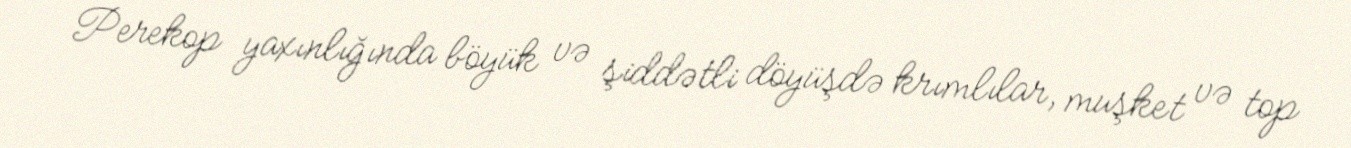
Perekop yaxınlığında böyük və şiddətli döyüşdə krımlılar, muşket və top